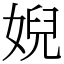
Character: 婗